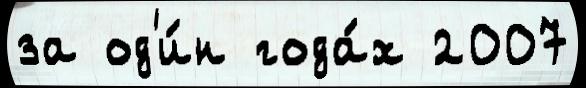
за од'и́н года́х 2007